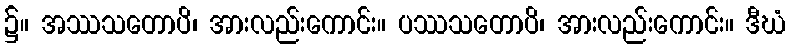
၌။ အဿသတောပိ၊ အားလည်းကောင်း။ ပဿသတောပိ၊ အားလည်းကောင်း။ ဒီဃံ